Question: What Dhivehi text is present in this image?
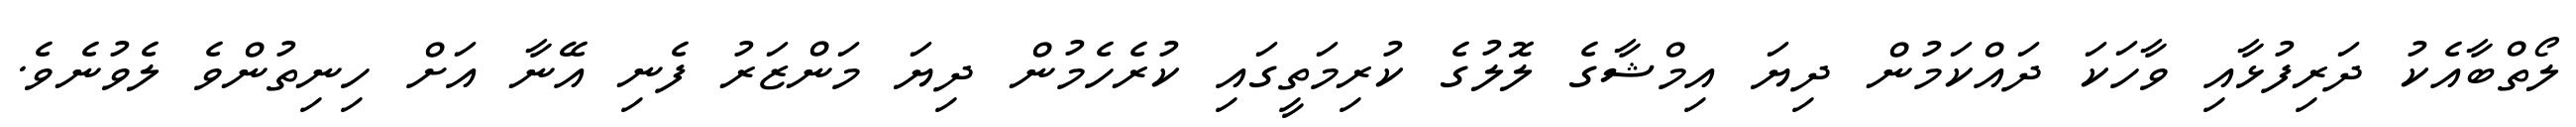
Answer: ލޯތްބާއެކު ދަރިފުޅާއި ވާހަކަ ދައްކަމުން ދިޔަ އިމްޝާގެ ލޮލުގެ ކުރިމަތީގައި ކުރެހެމުން ދިޔަ މަންޒަރު ފެނި އޭނާ އަށް ހިނިތުންވެ ލެވުނެވެ.